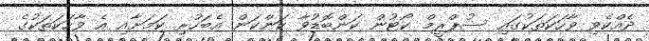
ދެއްކެވި ވާހަކަތަކުގައި ސުޕްރީމް ކޯޓުން ކަންބޮޑުވާ ކަންކަން އެބަހުރި ކަމަށާއި އެ ވާހަކަތަކުގެ